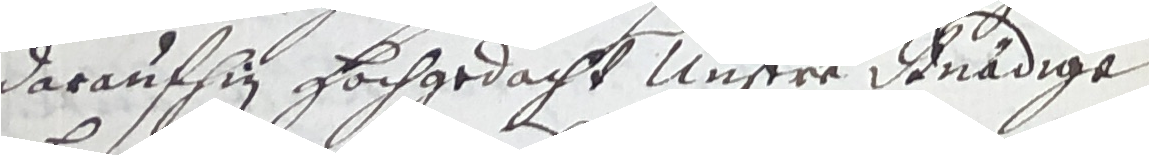
daraufhin hochgedacht unsere Gnädige